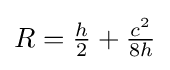
R={\tfrac {h}{2}}+{\tfrac {c^{2}}{8h}}